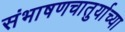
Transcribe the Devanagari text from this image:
संभाषणचातुर्याच्या